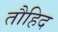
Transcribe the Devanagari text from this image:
तौहिद